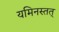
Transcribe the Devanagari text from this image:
यमिनस्तत्